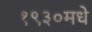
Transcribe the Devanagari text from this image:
१९३०मधे